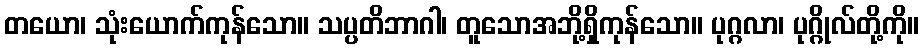
တယော၊ သုံးယောက်ကုန်သော။ သပ္ပတိဘာဂါ၊ တူသောအဘို့ရှိကုန်သော။ ပုဂ္ဂလာ၊ ပုဂ္ဂိုလ်တို့ကို။